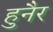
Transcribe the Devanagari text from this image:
हुनैर